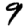
Digit: 9